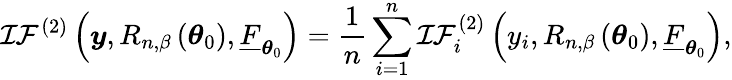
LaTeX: \mathcal{IF}^{(2)}\left(\boldsymbol{y},R_{n,\beta}\left(\boldsymbol{\theta}_{0}\right),\underline{{F}}_{\boldsymbol{\theta}_{0}}\right)=\frac{1}{n}\sum_{i=1}^{n}\mathcal{IF}_{i}^{(2)}\left(y_{i},R_{n,\beta}\left(\boldsymbol{\theta}_{0}\right),\underline{{F}}_{\boldsymbol{\theta}_{0}}\right),